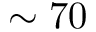
\sim 7 0